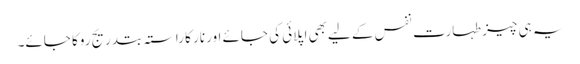
یہ ہی چیز طہارت نفس کے لیےبھی اپلائی کی جائے اور نار کا راستہ بتدریج روکا جائے۔